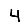
Digit: 4